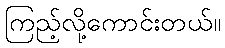
ကြည့်လို့ကောင်းတယ်။